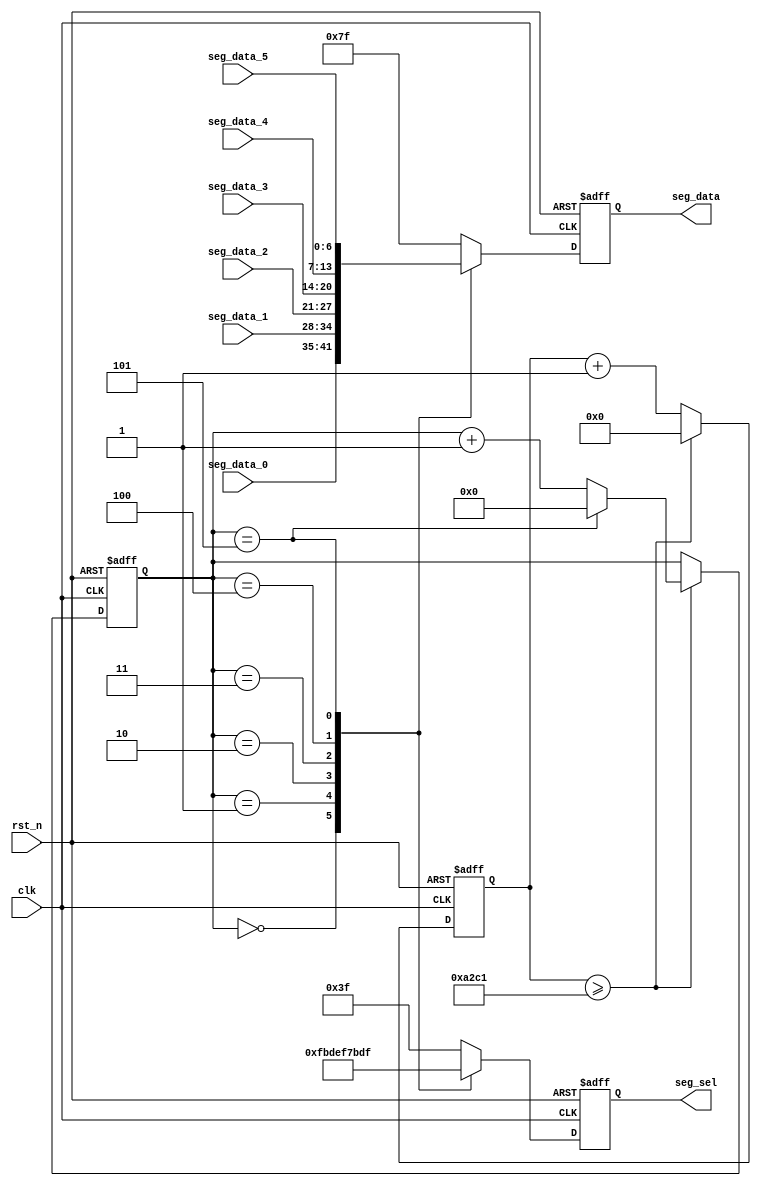
module seg_scan(
	input           clk,
	input           rst_n,
	output reg[5:0] seg_sel,      //digital led chip select
	output reg[6:0] seg_data,     //eight segment digital tube output,MSB is the decimal point
	input[6:0]      seg_data_0,
	input[6:0]      seg_data_1,
	input[6:0]      seg_data_2,
	input[6:0]      seg_data_3,
	input[6:0]      seg_data_4,
	input[6:0]      seg_data_5
);
parameter SCAN_FREQ = 200;     //scan frequency
parameter CLK_FREQ = 50000000; //clock frequency

parameter SCAN_COUNT = CLK_FREQ /(SCAN_FREQ * 6) - 1;

reg[31:0] scan_timer;  //scan time counter
reg[3:0] scan_sel;     //Scan select counter
always@(posedge clk or negedge rst_n)
begin
	if(rst_n == 1'b0)
	begin
		scan_timer <= 32'd0;
		scan_sel <= 4'd0;
	end
	else if(scan_timer >= SCAN_COUNT)
	begin
		scan_timer <= 32'd0;
		if(scan_sel == 4'd5)
			scan_sel <= 4'd0;
		else
			scan_sel <= scan_sel + 4'd1;
	end
	else
		begin
			scan_timer <= scan_timer + 32'd1;
		end
end
always@(posedge clk or negedge rst_n)
begin
	if(rst_n == 1'b0)
	begin
		seg_sel <= 6'b111111;
		seg_data <= 7'hff;
	end
	else
	begin
		case(scan_sel)
			//first digital led
			4'd0:
			begin
				seg_sel <= 6'b11_1110;
				seg_data <= seg_data_0;
			end
			//second digital led
			4'd1:
			begin
				seg_sel <= 6'b11_1101;
				seg_data <= seg_data_1;
			end
			//...
			4'd2:
			begin
				seg_sel <= 6'b11_1011;
				seg_data <= seg_data_2;
			end
			4'd3:
			begin
				seg_sel <= 6'b11_0111;
				seg_data <= seg_data_3;
			end
			4'd4:
			begin
				seg_sel <= 6'b10_1111;
				seg_data <= seg_data_4;
			end
			4'd5:
			begin
				seg_sel <= 6'b01_1111;
				seg_data <= seg_data_5;
			end
			default:
			begin
				seg_sel <= 6'b11_1111;
				seg_data <= 7'hff;
			end
		endcase
	end
end

endmodule